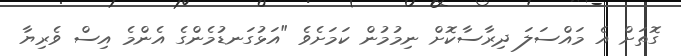
ގޮތަށް އެ މައްސަލަ ދިރާސާކޮށް ނިމުމުން ކަމަށެވެ "އަޅުގަނޑުމެންގެ އެންމެ އިސް ވެރިޔާ